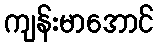
ကျန်းမာအောင်